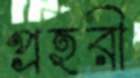
প্রহরী